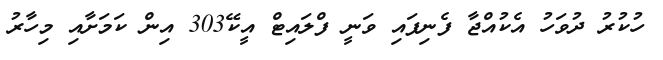
ހުކުރު ދުވަހު އެކުއްޖާ ފެނިފައި ވަނީ ފްލައިޓް އީކޭ303 އިން ކަމަށާއި މިހާރު